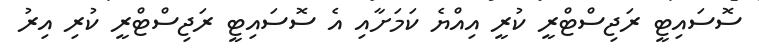
ސޮސައިޓީ ރަޖިސްޓްރީ ކުރީ އިއްޔެ ކަމަށާއި އެ ސޮސައިޓީ ރަޖިސްޓްރީ ކުރި އިރު